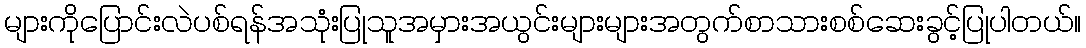
များကိုပြောင်းလဲပစ်ရန်အသုံးပြုသူအမှားအယွင်းများများအတွက်စာသားစစ်ဆေးခွင့်ပြုပါတယ်။